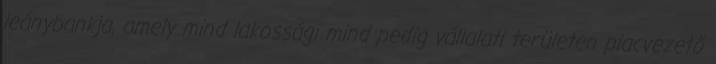
leánybankja, amely mind lakossági mind pedig vállalati területen piacvezető